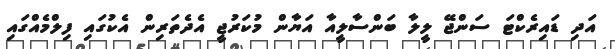
އަދި ޑައިރެކްޓަ ސަންޖޭ ލީލާ ބަންސާލީއާ އަޔާން މުކަރުޖީ އެދެތަރިން އެކުގައި ފިލްމެއްގައި